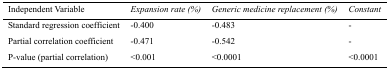
<table><thead><tr><td><b>Independent Variable</b></td><td><b>Expansion rate (%)</b></td><td><b>Generic medicine replacement (%)</b></td><td><b>Constant</b></td></tr></thead><tbody><tr><td>Standard regression coefficient</td><td>-0.400</td><td>-0.483</td><td>-</td></tr><tr><td>Partial correlation coefficient</td><td>-0.471</td><td>-0.542</td><td>-</td></tr><tr><td>P-value (partial correlation)</td><td>&lt;0.001</td><td>&lt;0.0001</td><td>&lt;0.0001</td></tr></tbody></table>